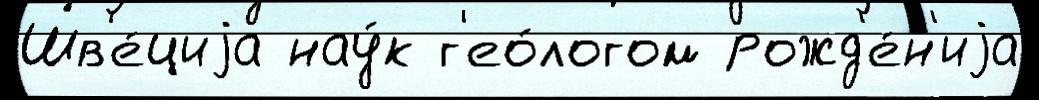
Шв'е́циjа нау́к г'ео́логом рожд'е́н'иjа